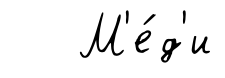
М'е́д'и